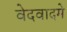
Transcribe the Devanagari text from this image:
वेदवादमे